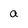
Character: a